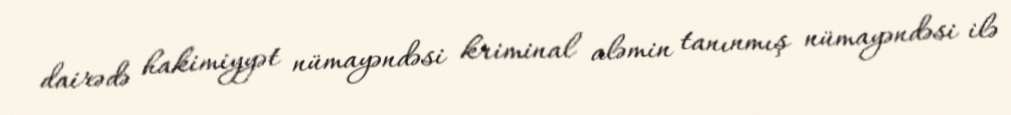
dairədə hakimiyyət nümayəndəsi kriminal aləmin tanınmış nümayəndəsi ilə